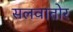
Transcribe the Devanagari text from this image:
सलवातोर